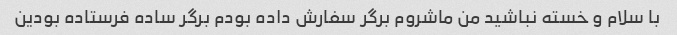
با سلام و خسته نباشید من ماشروم برگر سفارش داده بودم برگر ساده فرستاده بودین